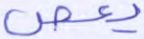
يعص